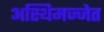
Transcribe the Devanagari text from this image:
अस्थिमज्जेत